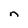
Character: n